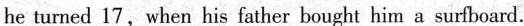
he turned 17, when his father bought him a surtboard.